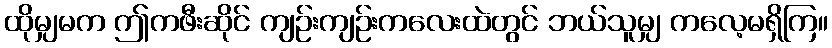
ထိုမျှမက ဤကဖီးဆိုင် ကျဉ်းကျဉ်းကလေးထဲတွင် ဘယ်သူမျှ ကလေ့မရှိကြ။